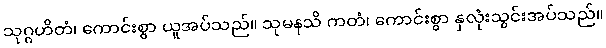
သုဂ္ဂဟိတံ၊ ကောင်းစွာ ယူအပ်သည်။ သုမနသိ ကတံ၊ ကောင်းစွာ နှလုံးသွင်းအပ်သည်။